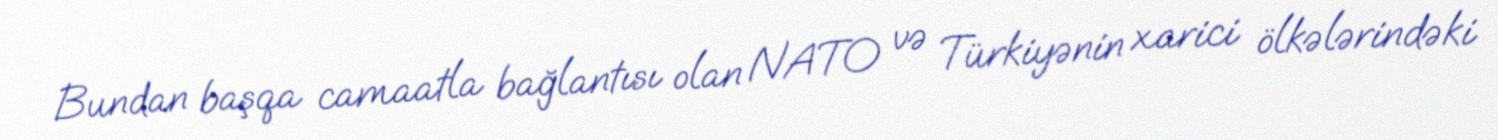
Bundan başqa camaatla bağlantısı olan NATO və Türkiyənin xarici ölkələrindəki